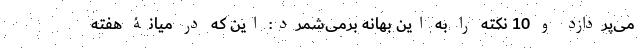
می‌پردازد و 10 نکته را به این بهانه برمی‌شمرد: این که در میانۀ هفته